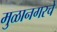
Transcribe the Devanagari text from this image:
मुळानगरचे